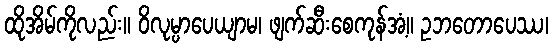
ထိုအိမ်ကိုလည်း။ ဝိလုမ္ပာပေယျာမ၊ ဖျက်ဆီးစေကုန်အံ့။ ဥဘတောပေဿ၊